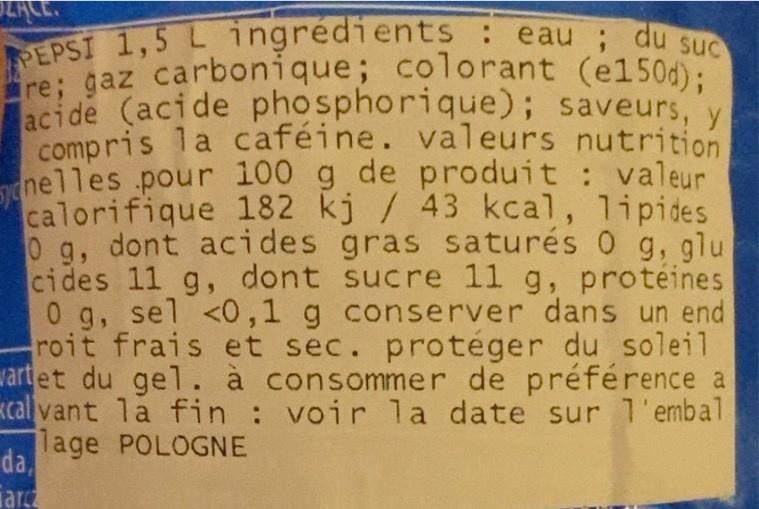
PEPSI 1,5 L ingrédients : eau du suc re; gaz carbonique; colorant (e150d); acide (acide phosphorique); saveurs, y compris la caféine. valeurs nutrition nelles pour 100 g de produit: valeur calorifique 182 kj/ 43 kcal, lipides 0 g, dont acides gras saturés 0 g, glu cides 11 g, dont sucre 11 g, proteines 0 g, sel <0,1 g conserver dans un end roit frais et sec. protéger du soleil vartet du gel. à consommer de préférence a calvant la fin : voir la date sur l'embal lage POLOGNE
da,
arc